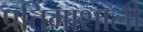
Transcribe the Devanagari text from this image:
प्रतिमाशाली